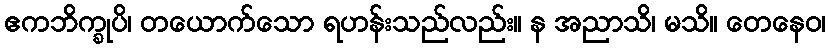
ဧကဘိက္ခုပိ၊ တယောက်သော ရဟန်းသည်လည်း။ န အညာသိ၊ မသိ။ တေနေဝ၊